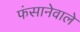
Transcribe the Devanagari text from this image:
फंसानेवाले